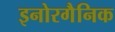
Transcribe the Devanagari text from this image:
इनोरगैनिक